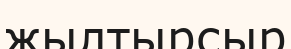
жылтырсыр